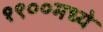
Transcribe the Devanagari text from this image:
१९००मध्ये